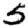
Digit: 5